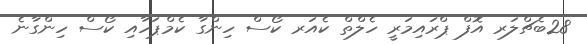
28ބެޗްލަރ އޮފް ޕްރައިމަރީ ހެލްތް ކެއަރ ކޯސް ހިންގާ ކެމްޕަހާއި ކޯސް ހިންގާނެ